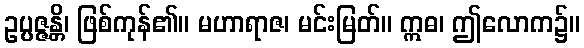
ဥပ္ပဇ္ဇန္တိ၊ ဖြစ်ကုန်၏။ မဟာရာဇ၊ မင်းမြတ်။ ဣဓ၊ ဤလောက၌။